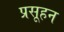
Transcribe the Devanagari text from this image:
प्रसूहन